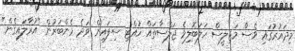
މިދައުރުގައި ވެސް މަޖިލީސް ހަލަބޮލިވެ ޖަލްސާތައް ހުއްޓި ސިފައިން ވަދެ މެންބަރުން "އުރާލައިގެން"